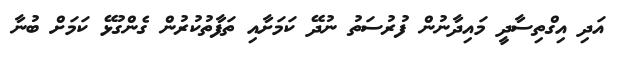
އަދި އިގްތިސާދީ މައިދާނުން ފުރުސަތު ނުދޭ ކަމަށާއި ތަފާތުކުރުން ގެންގުޅޭ ކަމަށް ބުނާ